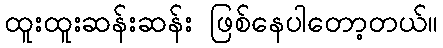
ထူးထူးဆန်းဆန်း ဖြစ်နေပါတော့တယ်။